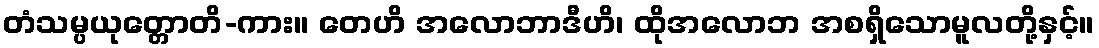
တံသမ္ပယုတ္တောတိ-ကား။ တေဟိ အလောဘာဒီဟိ၊ ထိုအလောဘ အစရှိသောမူလတို့နှင့်။